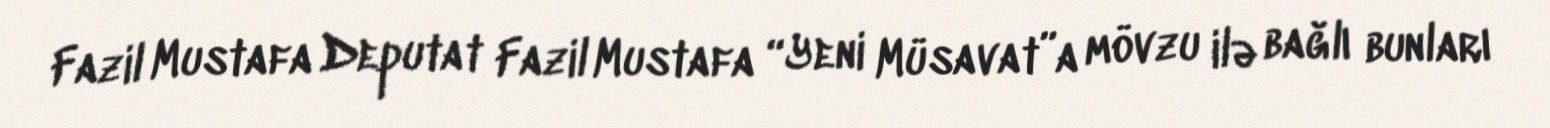
Fazil Mustafa Deputat Fazil Mustafa “Yeni Müsavat”a mövzu ilə bağlı bunları